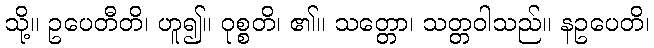
သို့။ ဥပေတီတိ၊ ဟူ၍။ ဝုစ္စတိ၊ ၏။ သတ္တော၊ သတ္တဝါသည်။ နဥပေတိ၊